On a parasite found in the white corpuscles of the blood of palm squirrels - Number 24
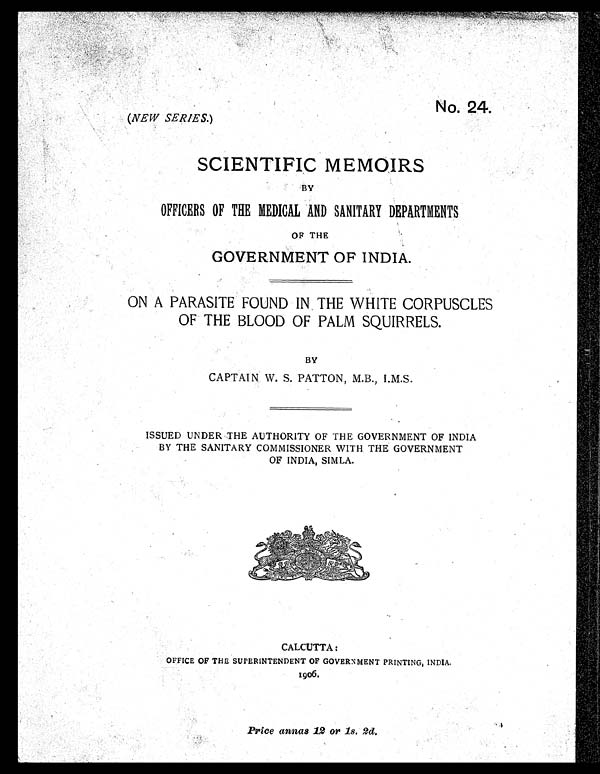
No. 24.
(NEW SERIES. )
SCIENTIFIC MEMOIRS
BY
OFFICERS OF THE MEDICAL AND SANITARY DEPARTMENTS
OF THE
GOVERNMENT OF INDIA.
ON A PARASITE FOUND IN THE WHITE CORPUSCLES
OF THE BLOOD OF PALM SQUIRRELS.
BY
CAPTAIN W. S. PATTON, M.B., I.M.S.
ISSUED UNDER THE AUTHORITY OF THE GOVERNMENT OF INDIA
BY THE SANITARY COMMISSIONER WITH THE GOVERNMENT
OF INDIA, SIMLA.
CALCUTTA:
OFFICE OF THE SUPERINTENDENT OF GOVERNMENT PRINTING, INDIA.
1906.
Price annas 12 or 1s. 2d.